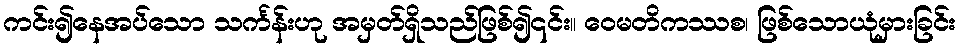
ကင်း၍နေအပ်သော သင်္ကန်းဟု အမှတ်ရှိသည်ဖြစ်၍၎င်း။ ဝေမတိကဿစ၊ ဖြစ်သောယုံမှားခြင်း